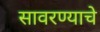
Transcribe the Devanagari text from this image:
सावरण्याचे